Indian journal of veterinary science and animal husbandry - Volumes 26-27, 1956-1957
Year: 1956
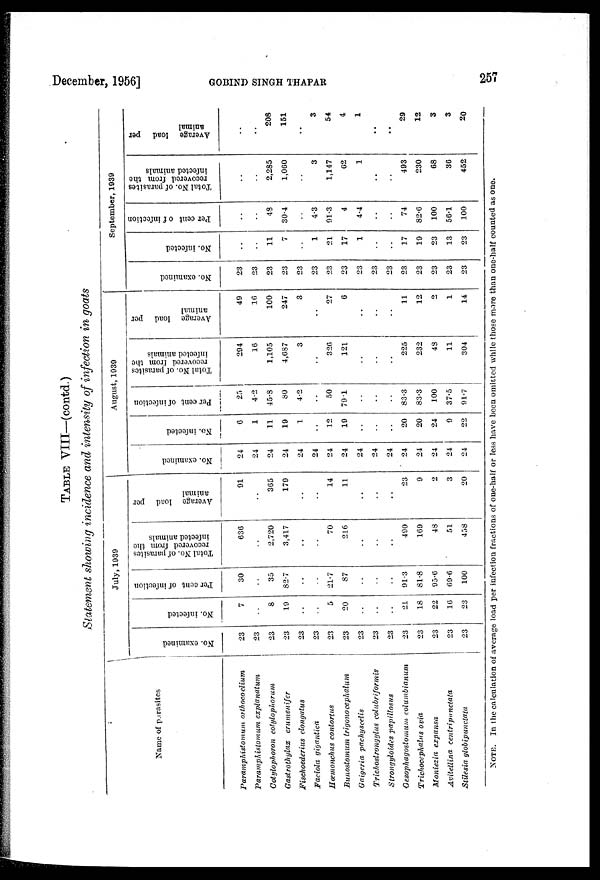
December, 1956]
GOBIND
SINGH
THAPAR
257
TABLE VIII—(contd.)
Statement showing incidence and intensity of infection in goats
Name of parasites
Paramphistomum
orthocoelium
Paramphistomum
explanatum
Cotylophoron cotylophorum
Gastrothylax
crumenifer
Fischoederius elongatus
Faciola gigantica
Hœmonchus contortus
Bunostomum trigono cephalum
Gaigeria pachyscelis
Trichostrongylus colubriformis
Strongyloides papillosus
Oesophagostomum columbianum
Trichocephalus ovia
Moniezia expansa
Avitellina
centripunctata
Stilesia globipunctata
July, 1939
No. examined
23
23
23
23
23
23
23
23
23
23
23
23
23
23
23
23
No. infected
7
..
8
19
..
..
5
20
..
..
..
21
18
22
16
23
Per cent of infection
30
..
35
82.7
..
..
21.7
87
..
..
..
91.3
81.8
95.6
69.6
100
Total No. of parasites
recovered from the
infected animals
636
..
2,720
3,417
..
..
70
216
..
..
..
490
169
48
51
458
Average load per
animal
91
..
365
179
..
..
14
11
..
..
..
23
9
2
3
20
August, 1939
No. examined
24
24
24
24
24
24
24
24
24
24
24
24
24
24
24
24
No. infected
6
1
11
19
1
..
12
19
..
..
..
20
20
24
9
22
Per cent of infection
25
4.2
45.8
80
4.2
..
50
79.1
..
..
..
83.3
83.3
100
37.5
91.7
Total No. of parasites
recovered from the
infected animals
294
16
1,105
4,687
3
..
326
121
..
..
..
225
232
48
11
304
Average load per
animal
49
16
100
247
3
..
27
6
..
..
..
11
12
2
1
14
September, 1939
No. examined
23
23
23
23
23
23
23
23
23
23
23
23
23
23
23
23
No. infected
..
..
11
7
..
1
21
17
1
..
..
17
19
23
13
23
Per cent of infection
..
..
48
30.4
..
4.3
91.3
4
4.4
..
..
74
82.6
100
56.1
100
Total No. of parasites
recovered from the
infected animals
..
..
2,285
1,060
..
3
1,147
62
1
..
..
493
230
68
36
452
Average load
per
animal
..
..
208
151
..
3
54
4
1
..
..
29
12
3
3
20
NOTE. In the calculation of average load per infection fractions of one-half or less have been omitted while those more than one-half counted as one.